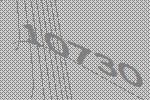
10730